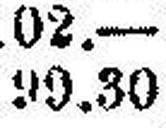
99.30